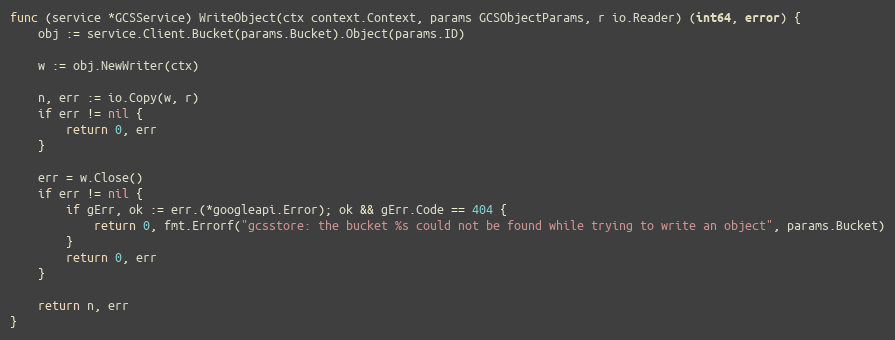
Language: Go
func (service *GCSService) WriteObject(ctx context.Context, params GCSObjectParams, r io.Reader) (int64, error) {
	obj := service.Client.Bucket(params.Bucket).Object(params.ID)

	w := obj.NewWriter(ctx)

	n, err := io.Copy(w, r)
	if err != nil {
		return 0, err
	}

	err = w.Close()
	if err != nil {
		if gErr, ok := err.(*googleapi.Error); ok && gErr.Code == 404 {
			return 0, fmt.Errorf("gcsstore: the bucket %s could not be found while trying to write an object", params.Bucket)
		}
		return 0, err
	}

	return n, err
}